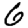
Digit: 6